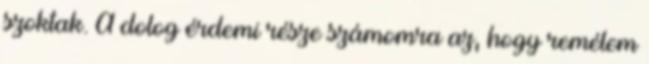
szoktak. A dolog érdemi része számomra az, hogy remélem